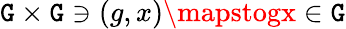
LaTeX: \mathtt{G}\times\mathtt{G}\ni(g,x)\mapstogx\in\mathtt{G}